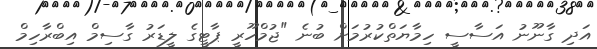
އަދި ގާނޫނު އަސާސީ ހިމާޔަތްކުރުމަށް ބުނެ "ޖުމްހޫރީ ޕާޓީގެ ލީޑަރު ގާސިމް އިބްރާހިމް